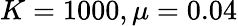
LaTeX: K=1000,\mu=0.04